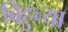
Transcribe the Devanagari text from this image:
बिहुच्या